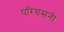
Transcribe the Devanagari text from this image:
परिग्रसनी